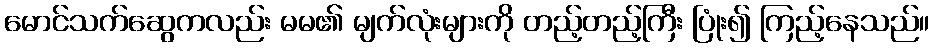
မောင်သက်ဆွေကလည်း မမ၏ မျက်လုံးများကို တည့်တည့်ကြီး ပြုံး၍ ကြည့်နေသည်။